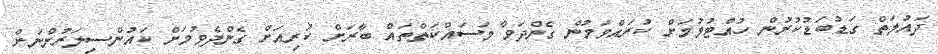
ދައުލަތް ގަޑުބަޑުކުރުން ހުއްޓުވުމަށް ކުރައްވަމުން ގެންދަވާ މަސަައްކަތްތައް ބާރަށް ކުރިއަށް ގެންދެވުމަށް ކައުންސިލަރުންނަށް